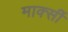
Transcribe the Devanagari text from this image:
मार्क्सी